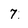
Character: 7